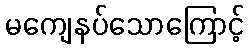
မကျေနပ်သောကြောင့်